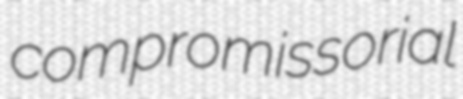
compromissorial